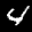
Label: 4